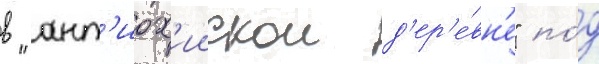
в "ант'иох'иискои д'ер'е́вн'е" по́д